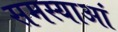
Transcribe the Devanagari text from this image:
समस्याआं